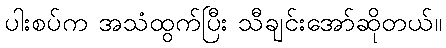
ပါးစပ်က အသံထွက်ပြီး သီချင်းအော်ဆိုတယ်။